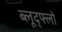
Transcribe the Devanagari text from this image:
ब्लूद्फ्लो